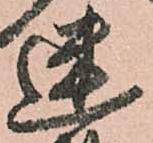
迷